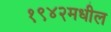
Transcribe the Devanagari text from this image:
१९४२मधील